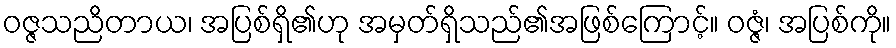
ဝဇ္ဇသညိတာယ၊ အပြစ်ရှိ၏ဟု အမှတ်ရှိသည်၏အဖြစ်ကြောင့်။ ဝဇ္ဇံ၊ အပြစ်ကို။